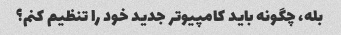
بله، چگونه باید کامپیوتر جدید خود را تنظیم کنم؟